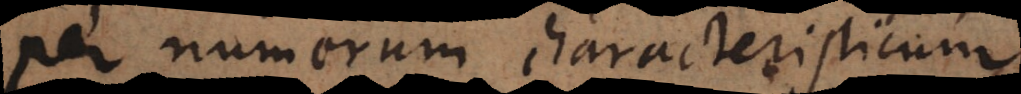
per numerum characteristicum